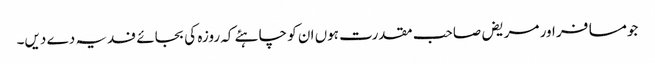
جومسافر اور مریض صاحب مقدرت ہوں ان کو چاہئے کہ روزہ کی بجائے فدیہ دے دیں۔